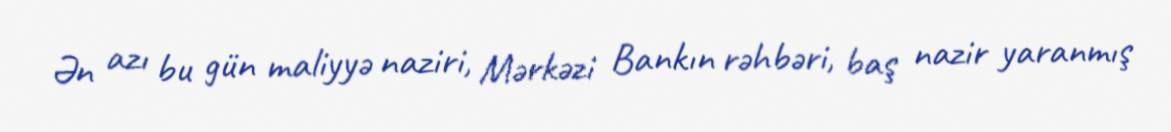
Ən azı bu gün maliyyə naziri, Mərkəzi Bankın rəhbəri, baş nazir yaranmış